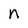
Character: n